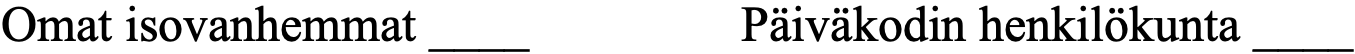
Omat isovanhemmat ____   Päiväkodin henkilökunta ____